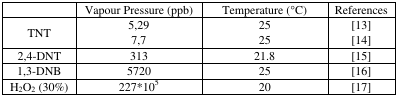
|  | Vapour Pressure (ppb) | Temperature (°C) | References |
 | --- | --- | --- | --- |
 | TNT | 5,297,7 | 2525 | [13][14] |
 | 2,4-DNT | 313 | 21.8 | [15] |
 | 1,3-DNB | 5720 | 25 | [16] |
 | H2O2 (30%) | 227*105 | 20 | [17] |